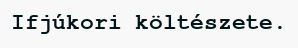
Ifjúkori költészete.